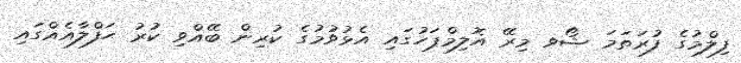
ފިލްމުގެ ފުރަތަމަ ޝޯވ މިރޭ އޮލިމްޕަހުގައި އެޅުވުމުގެ ކުރިން ބޭއްވި ކުރު ޙަފްލާއެއްގައި